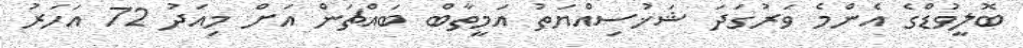
ބޮލީވުޑްގެ އެންމެ ވަރުގަދަ ޝަޚުސިއްޔަތު އަމީތާބް ބައްޗަން އަށް މިއަދު 72 އަހަރު